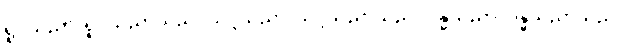
ရူပသညာ၊ ရူပသညာသည်။ သဒ္ဒသညာ၊ သဒ္ဒသညာသည်။ ဂန္ဓသညာ၊ ဂန္ဓသညာသည်။